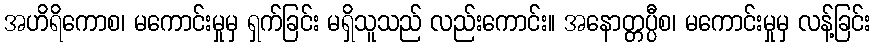
အဟိရိကောစ၊ မကောင်းမှုမှ ရှက်ခြင်း မရှိသူသည် လည်းကောင်း။ အနောတ္တပ္ပီစ၊ မကောင်းမှုမှ လန့်ခြင်း